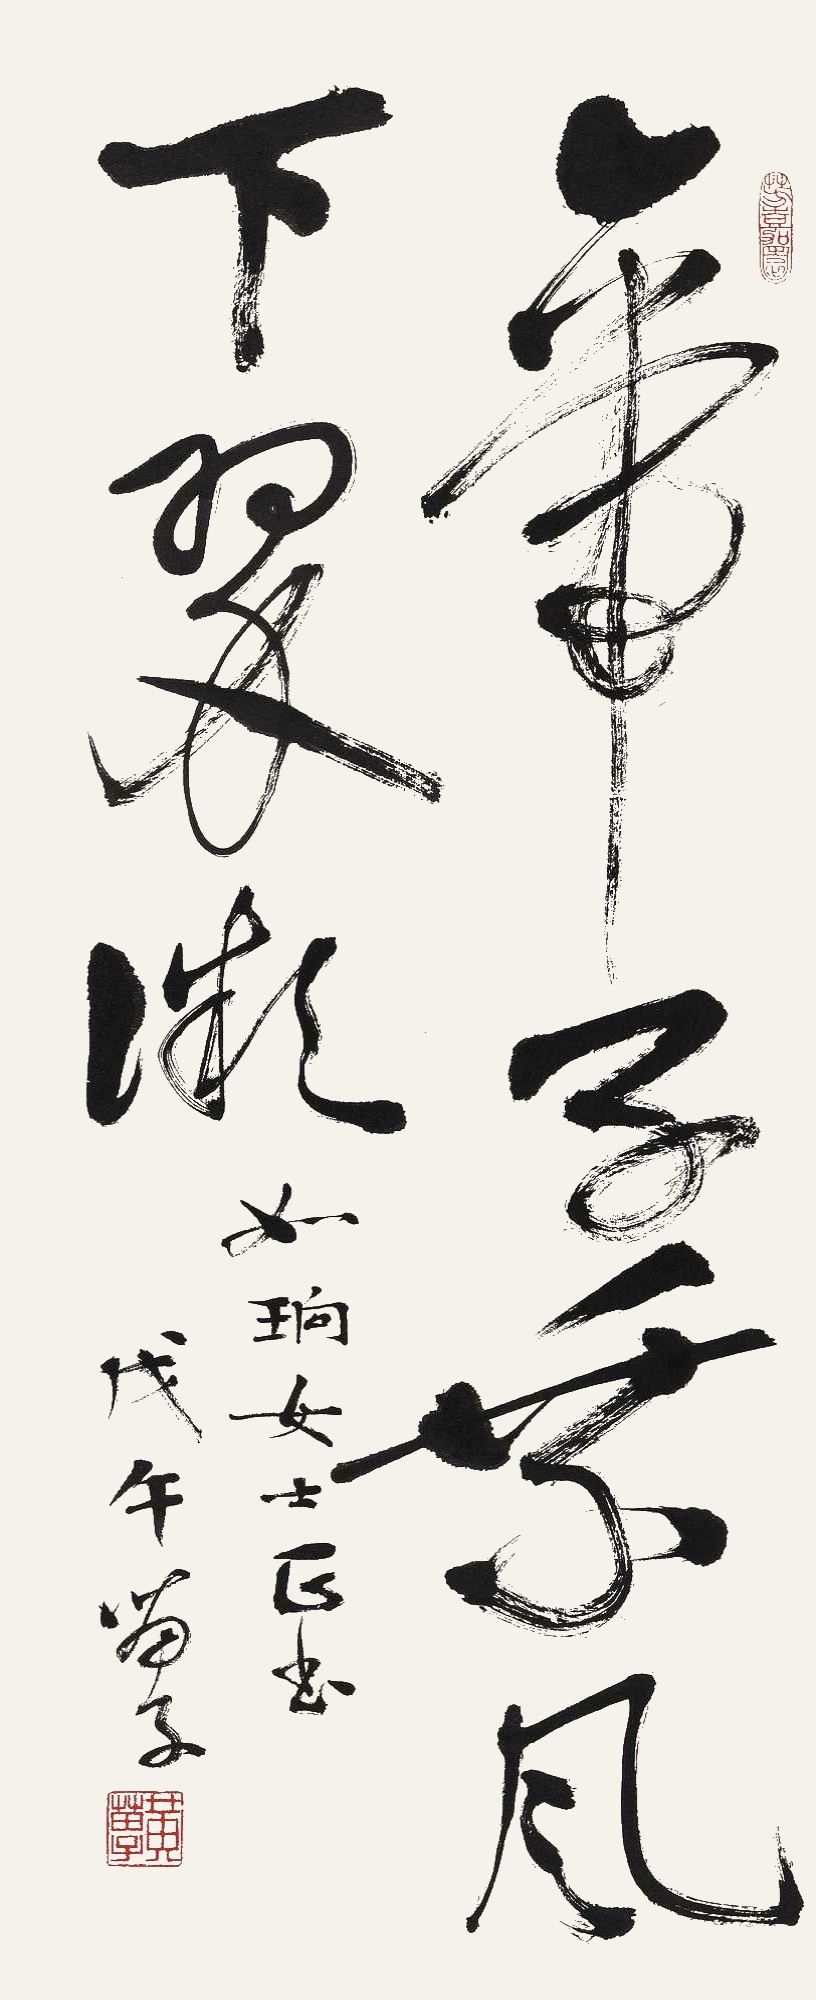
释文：帝子乘风下翠微。如晌女士正书。戊午苗子。